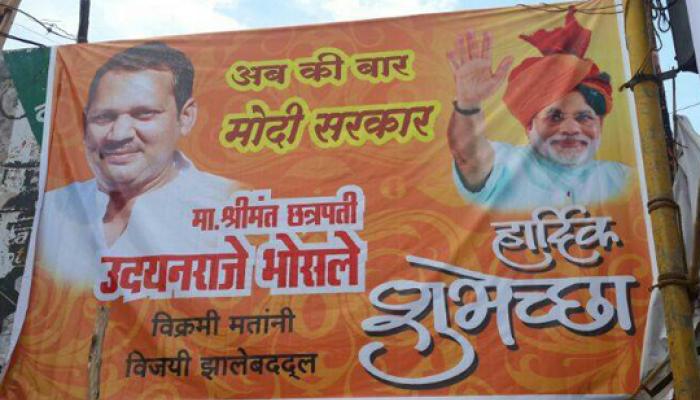
Language: marathi
Transcription: की मोदी बार हार्दिक मा. सरकार विक्रमी मतांनी शुभेच्छा श्रीमंत झालेबद्दल उदयनराजे विजयी छत्रपती भोसले अब